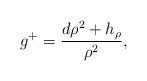
LaTeX: \begin{align*}g^+=\frac{d\rho^2+h_\rho}{\rho ^2},\end{align*}